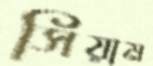
সিয়াম